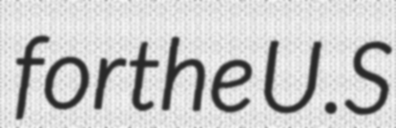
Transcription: for the U.S